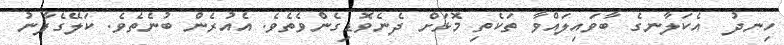
ހިނދު  އެކަލާނގެ ބާވައިލައްވާ ތަކެތި މޮޅަށް ދެނެވޮޑިގެންވެތެވެ. އެއުރެން ބުނެތެވެ. ކަލޭގެފާނު